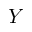
Y